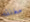
مغلقه